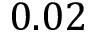
0 . 0 2